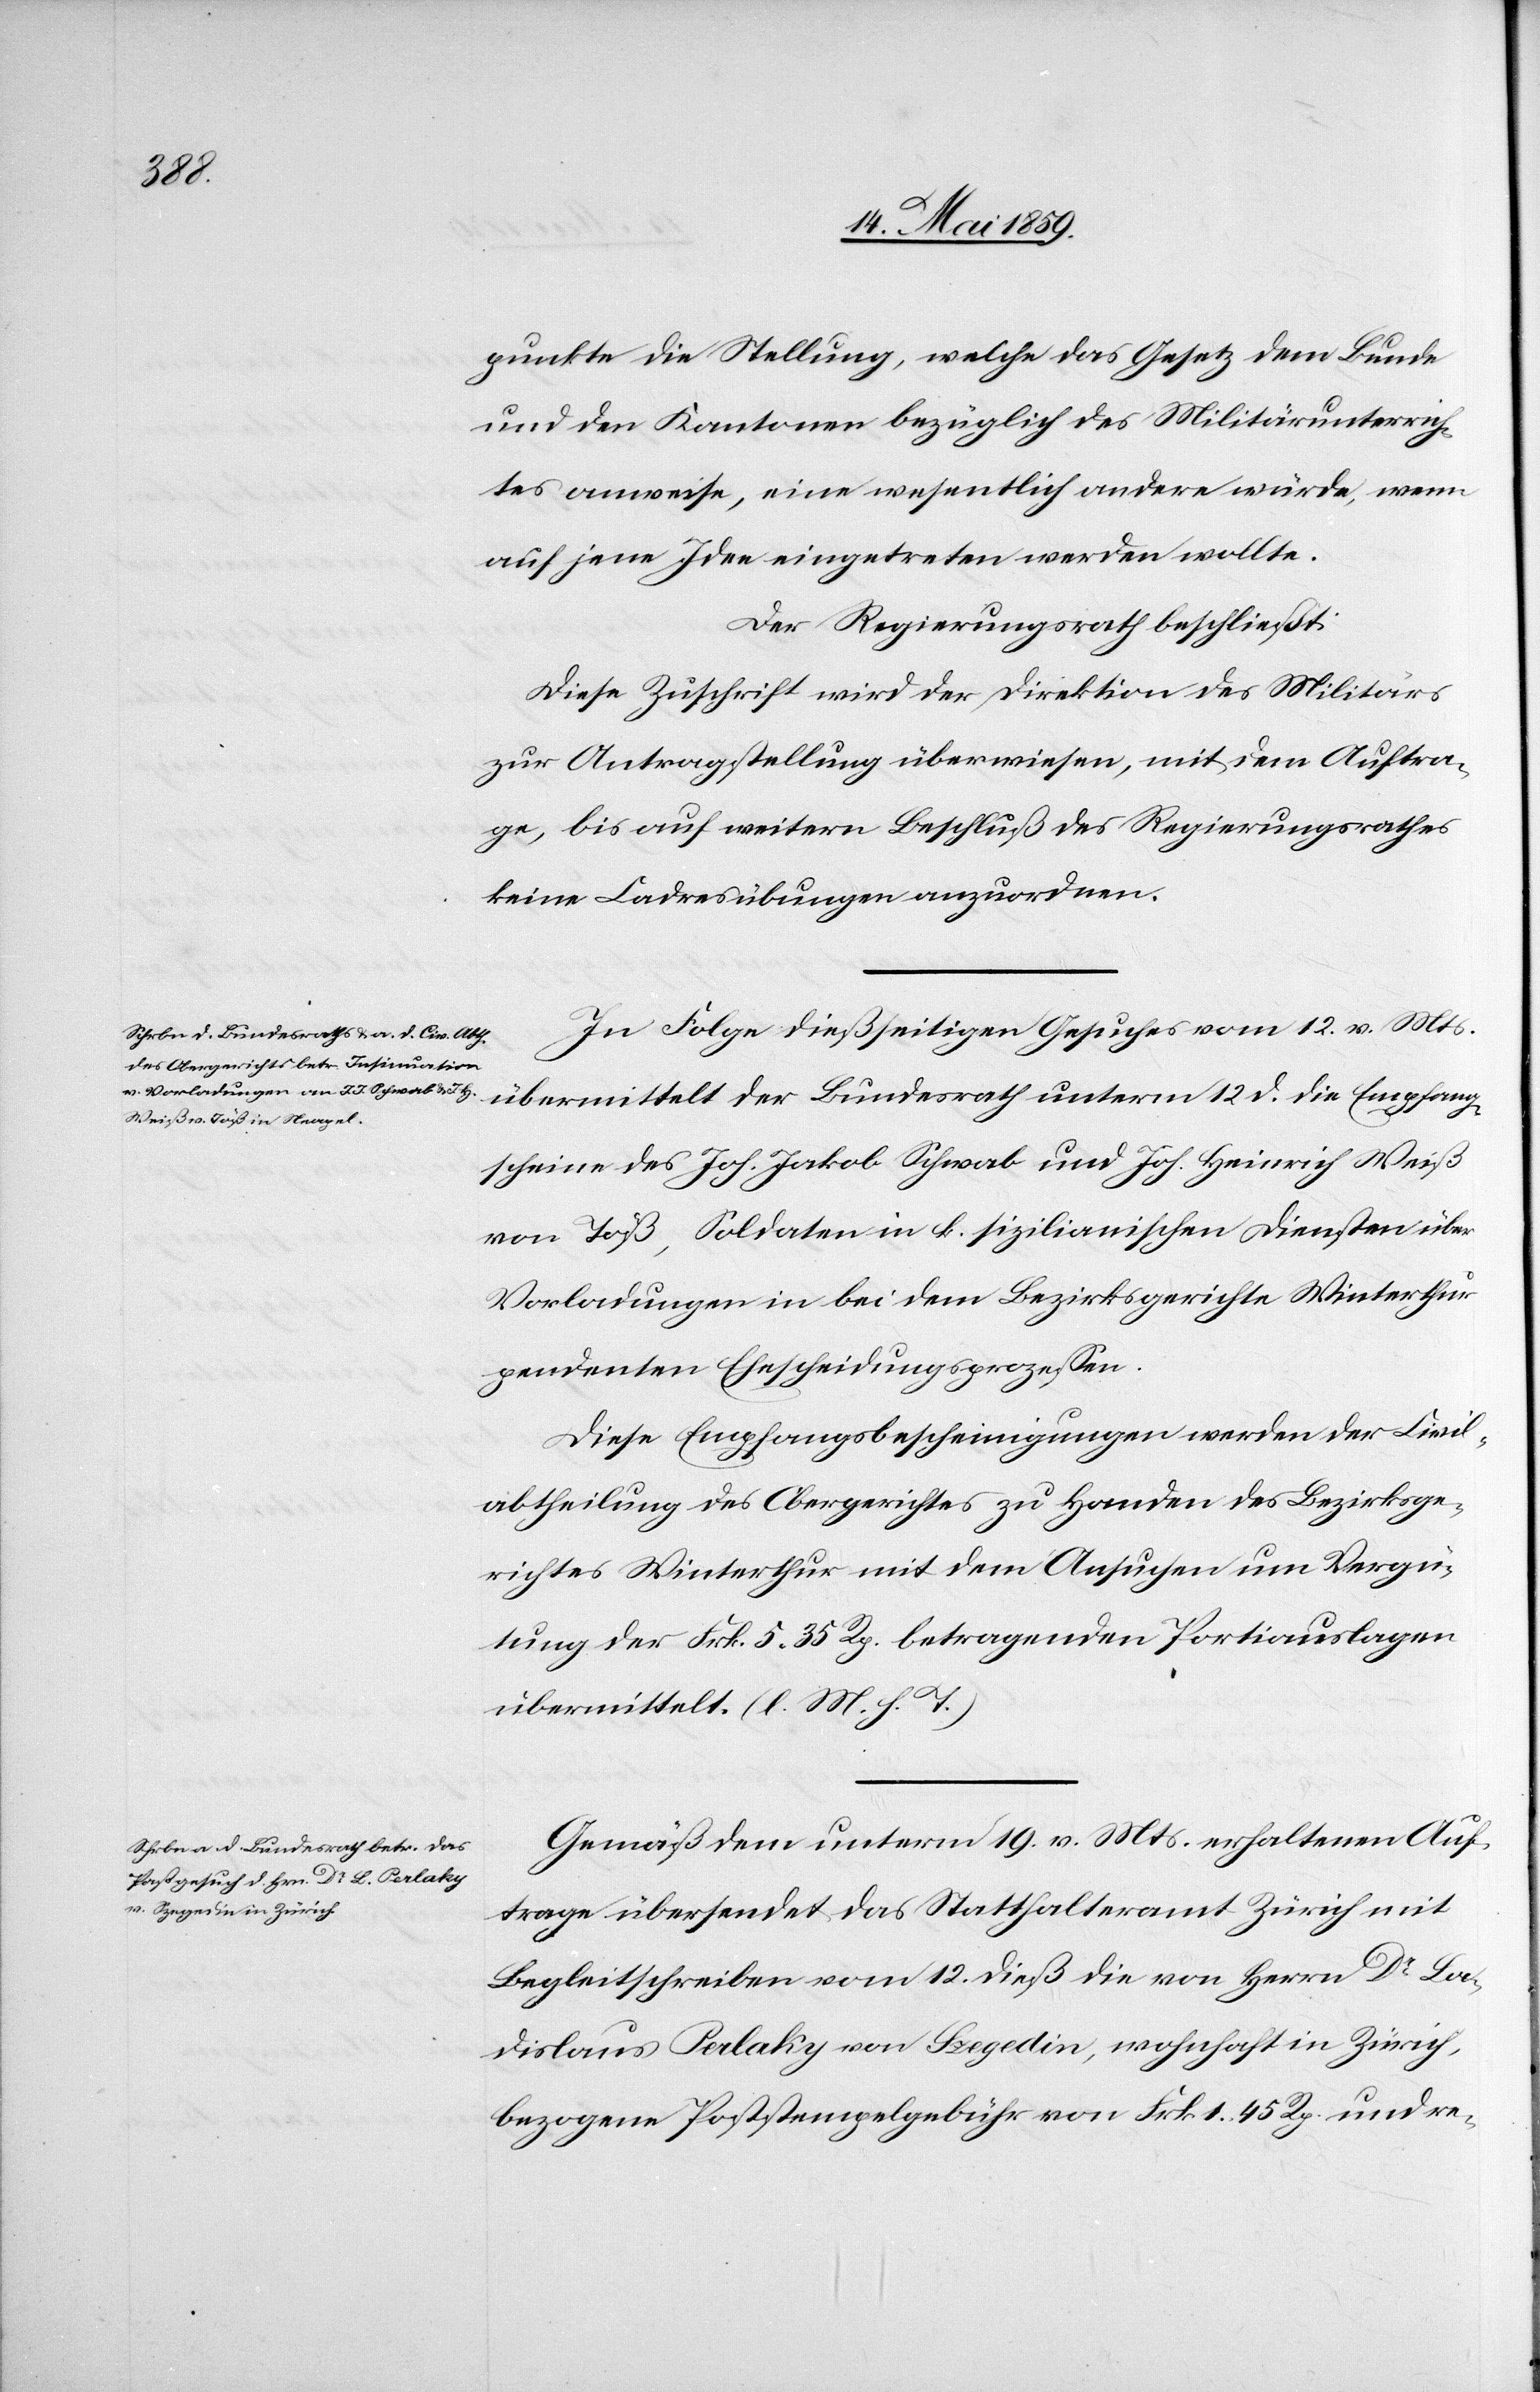
punkte die Stellung, welche das Gesetz dem Bunde
und den Kantonen bezüglich des Militärunterrich¬
tes anweise, eine wesentlich andere würde, wenn
auf jene Idee eingetreten werden wollte.
Der Regierungsrath beschließt:
Diese Zuschrift wird der Direktion des Militärs
zur Antragstellung überwiesen, mit dem Auftra¬
ge, bis auf weitern Beschluß des Regierungsrath
keine Cadresübungen anzuordnen.
In Folge dießseitigen Gesuches vom 12. v. Mts.
übermittelt der Bundesrath unterm 12. d. die Empfang¬
scheine des Joh. Jakob Schwab und Joh. Heinrich Weiß
von Töß, Soldaten in k. sizilianischen Diensten über
Vorladungen in bei dem Bezirksgerichte Winterthur
pendenten Ehescheidungsprozeßen.
Diese Empfangsbescheinigungen werden der Civil¬
abtheilung des Obergerichtes zu Handen des Bezirksge¬
richtes Winterthur mit dem Ansuchen um Vergü¬
tung der Frk. 5.35 Rp. betragenden Portiauslagen
übemittelt. (l. M. h. T.)
Gemäß den unterm 19. v. Mts. erhaltenen Auf¬
trage übersendet das Statthalteramt Zürich mit
Begleitschreiben vom 12. dieß die von Herrn Dr. La¬
dislaus Perlaky von Szegedin, wohnhaft in Zürich,
bezogene Poststempelgebühr von Frk. 1.45 Rp. und re-